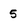
Character: 5